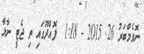
ނޮވެމްބަރު 26